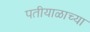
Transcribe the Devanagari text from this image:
पतीयाळाच्या